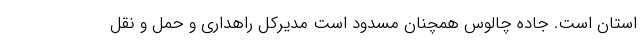
استان است. جاده چالوس همچنان مسدود است مدیرکل راهداری و حمل و نقل